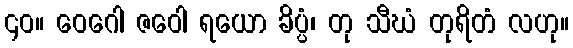
၄၀။ ဝေဂေါ ဇဝေါ ရယော ခိပ္ပံ၊ တု သီဃံ တုရိတံ လဟု။